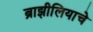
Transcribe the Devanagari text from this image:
ब्राझीलियाचे